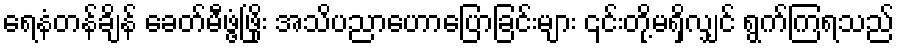
ရေနံတန်ချိန် ခေတ်မီဖွံ့ဖြိုး အသိပညာဟောပြောခြင်းများ ၎င်းတို့မရှိလျှင် ရွက်ကြရသည်